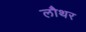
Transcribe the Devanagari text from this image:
लौथर